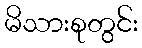
မိသားစုတွင်း